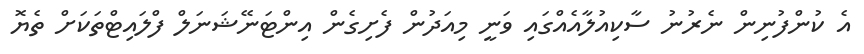
އެ ކުންފުނިން ނެރުނު ސާކިއުލާއެއްގައި ވަނީ މިއަދުން ފެށިގެން އިންޓަނޭޝަނަލް ފްލައިޓްތަކަށް ތެޔޮ